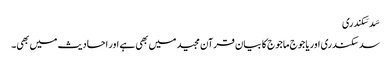
سَد سَکندری
سد سکندری اوریاجوج ماجوج کا بیان قرآن مجید میں بھی ہے اور احادیث میں بھی۔